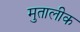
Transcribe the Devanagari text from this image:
मुतालीक